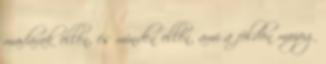
madarak ellen, és minden ellen, ami a földön mozog